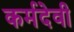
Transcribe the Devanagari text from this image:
कर्मदेवी